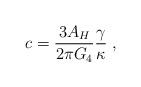
LaTeX: \begin{align*}c=\frac{3A_H}{2\pi G_4}\frac{\gamma}{\kappa} \; ,\end{align*}